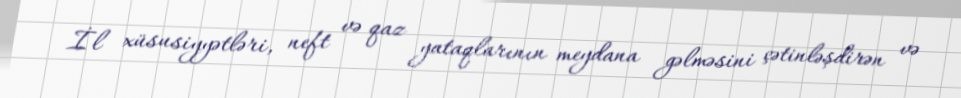
İl xüsusiyyətləri, neft və qaz yataqlarının meydana gəlməsini çətinləşdirən və